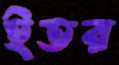
ইতর